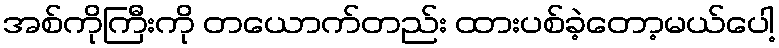
အစ်ကိုကြီးကို တယောက်တည်း ထားပစ်ခဲ့တော့မယ်ပေါ့